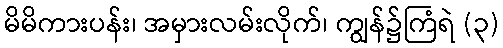
မိမိကားပန်း၊ အမှားလမ်းလိုက်၊ ကျွန်၌ကြံရဲ (၃)